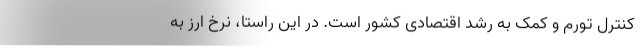
کنترل تورم و کمک به رشد اقتصادی کشور است. در این راستا، نرخ ارز به